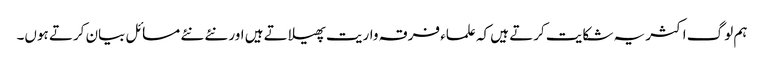
ہم لوگ اکثر یہ شکایت کرتے ہیں کہ علماء فرقہ واریت پھیلاتے ہیں اور نئے نئے مسائل بیان کرتے ہوں۔